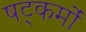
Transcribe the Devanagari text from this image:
षट्कर्मों